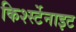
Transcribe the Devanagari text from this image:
किर्श्स्टेनाइट